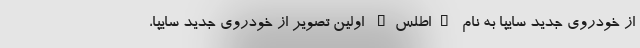
از خودروی جدید سایپا به نام "اطلس" اولین تصویر از خودروی جدید سایپا،